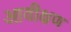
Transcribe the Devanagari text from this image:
आवीक्षण